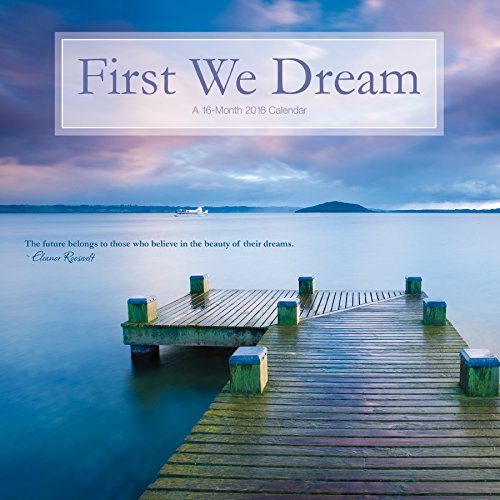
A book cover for First We Dream 2016 Wall Calendar; Trends International; Calendars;